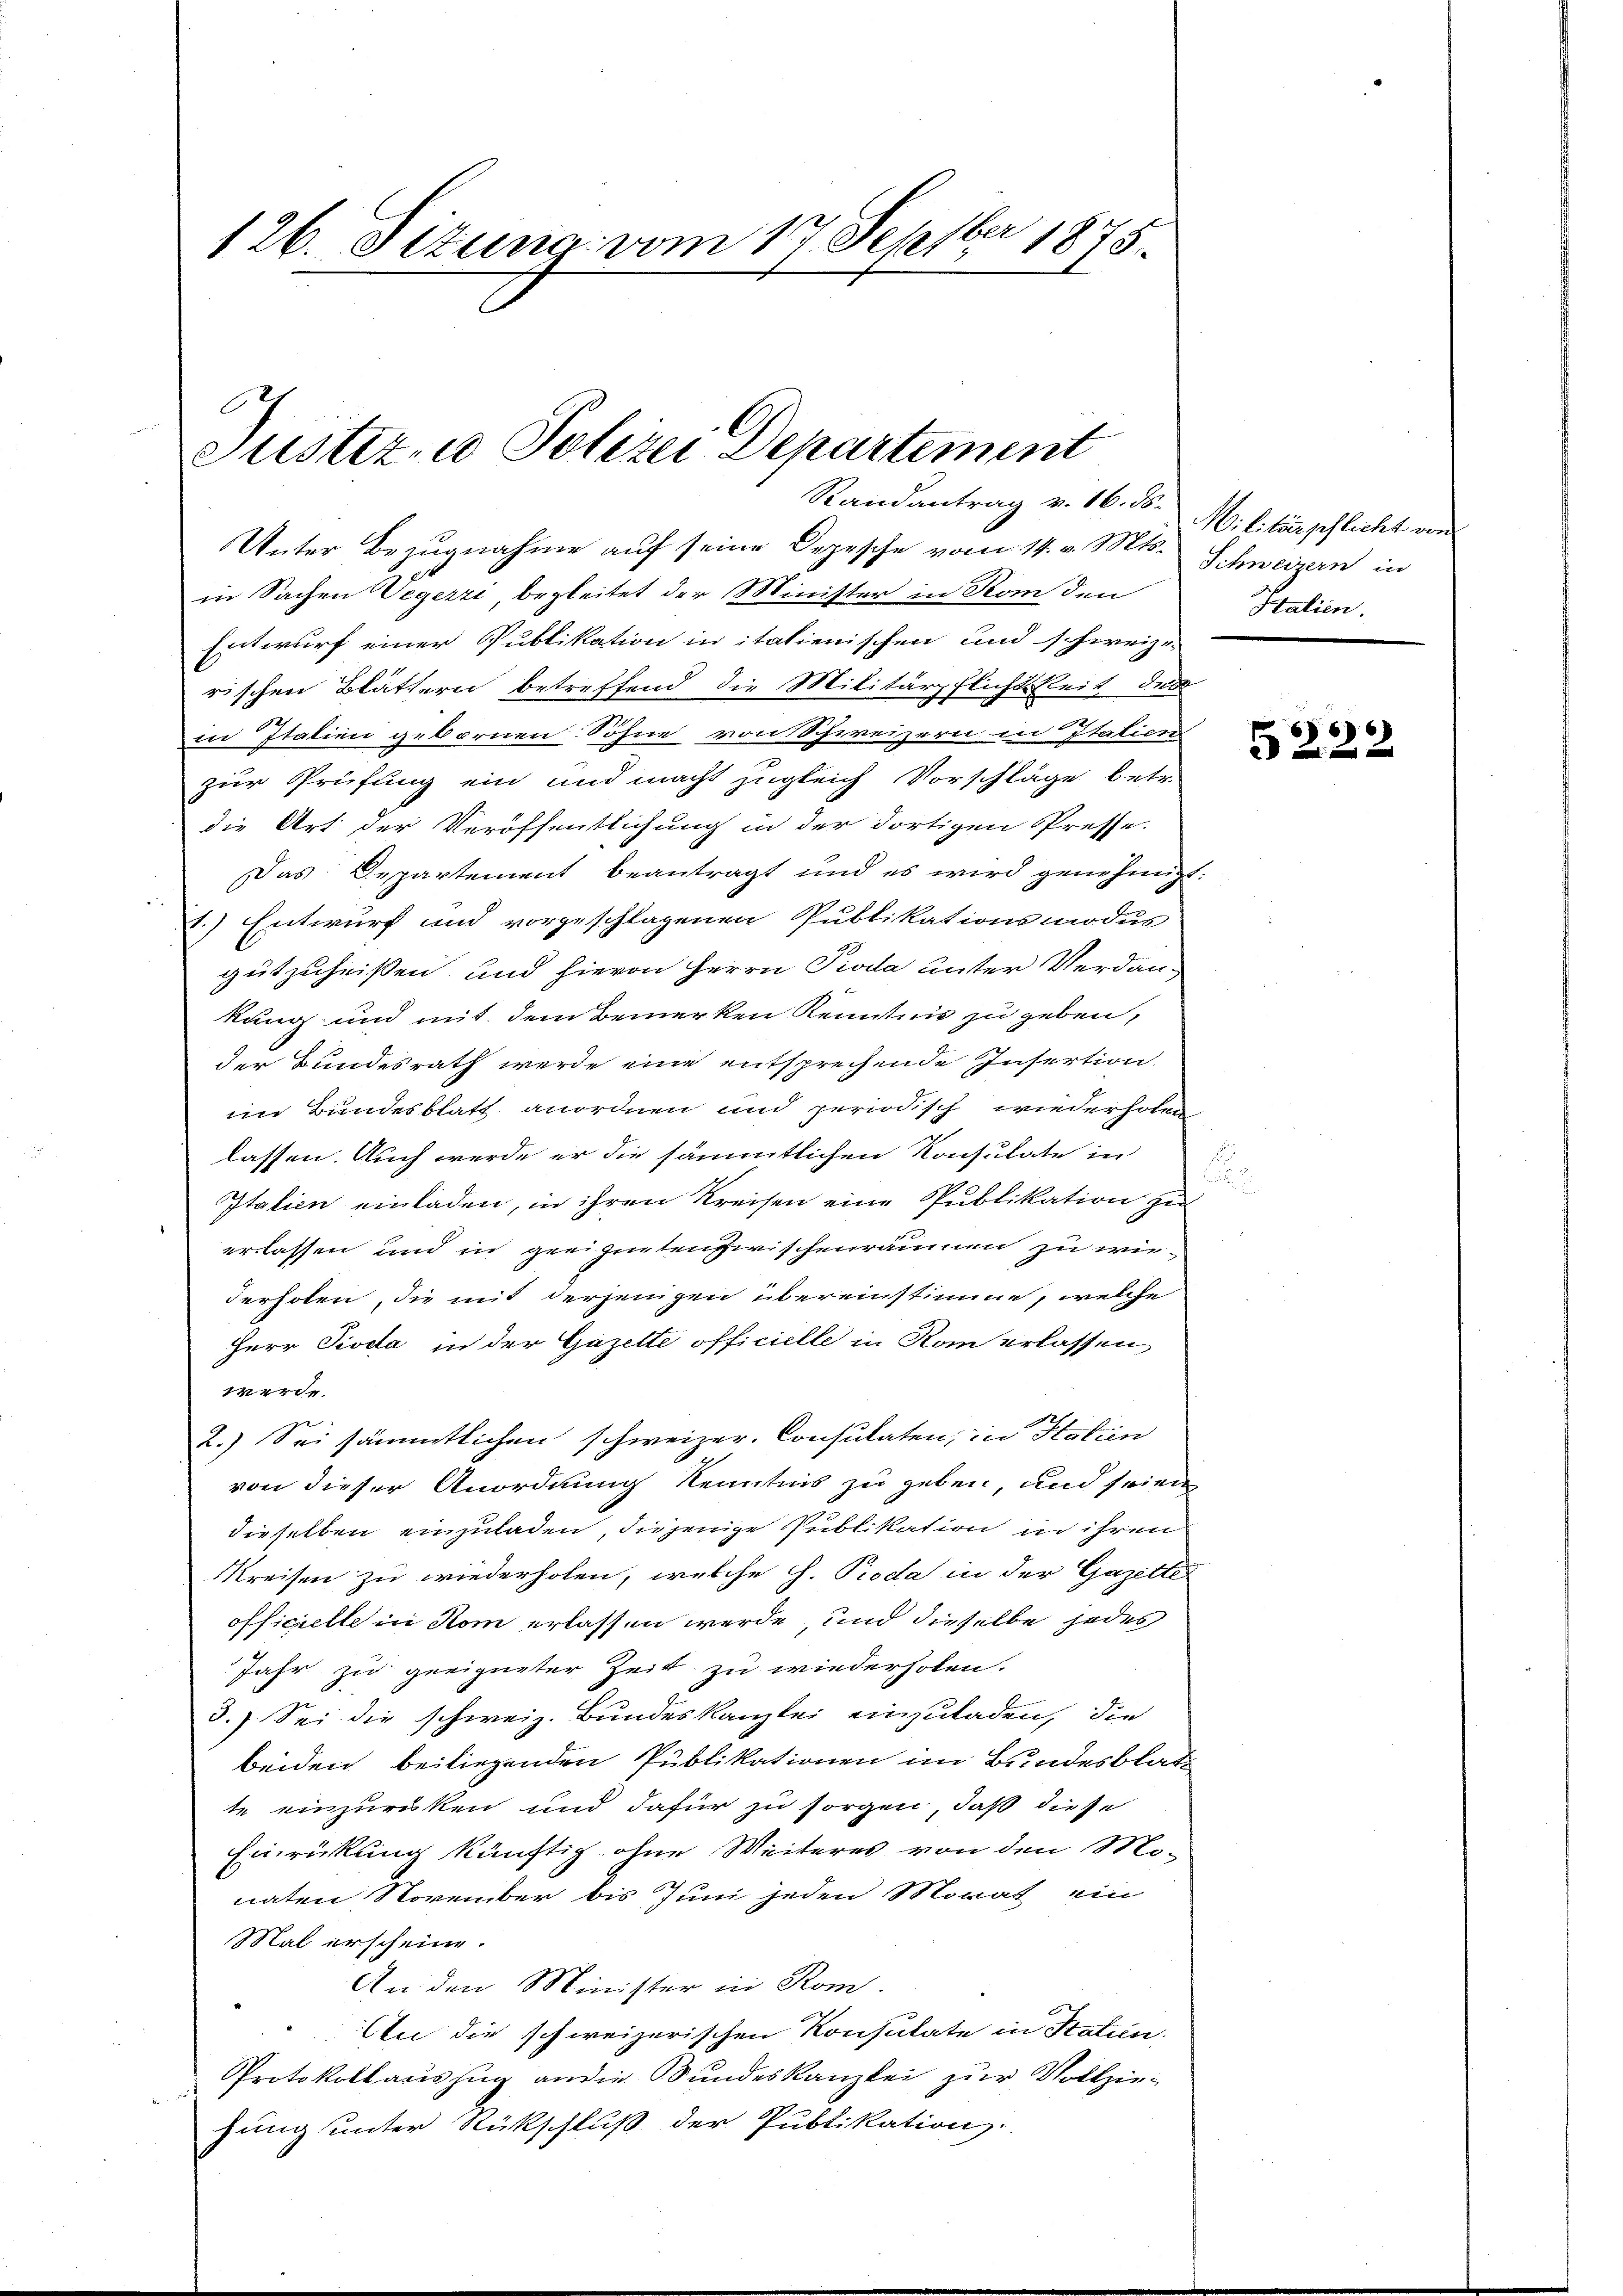
126. Situng vom 17. Septber 1875.

C

Justiz- u Polizei Departement

Randantrag v. 16. Fr. Militärpflicht von

Unter Bezugnahme auf seine Depesche vom 14. v. Mts. Schweizern in
in Sachen Vegezzi begleitet der Minister in Rom den
Entwurf einer Publikation in italienischen und schweize
rischen Blättern betreffend die Militärpflichtkeit des
in Italien gebornen Söhne von Schweizern in Italicen
zur Prüfung ein und macht zugleich Vorschläge betr.
die Art der Veröffentlichung in der dortigen Presse.
Das Departement beantragt und es wird genehmigt:
1.) Entwurf und vorgeschlagenen Publikationsmodus
gutzuheißen, und hievon Herrn Pioda unter Verdankung und mit dem Bemerken Kenntnis zu geben,
der Bundesrath werde eine entsprechende Insertion
im Bundesblatt anordnen und periodisch wiederholen,
lassen. Auch werde er die sämmtlichen Konsulate in
Italien einladen, in ihren Kreisen eine Publikation zu
erlassen und in geeignetenzwischenräumen zu wiederholen, die mit derjenigen übereinstimme, welche
Herr Pioda in der Gazelte officielle in Rom erlassen
werde.
7
2.) Sei sämmtlichen schweizer. Consulaten, in Statien
von dieser Anordnung Kenntnis zu geben, und seien
dieselben einzuladen, diejenige Publikation in ihren
Kreisen zu wiederholen, welche H. Proda in der Gazette
officielle in Rom erlassen werde, und dieselbe jedes
Jahr zu geeigneter Zeit zu wiederholen.
3.) Sei die schweiz. Bundeskanzlei einzuladen, die
beiden beiliegenden Publikationen im Bundesblatte einzurücken und dafür zu sorgen, daß diese
Einrückung künftig ohne Weiteres von den Mo-
naten November bis Juni jeden Morat ein
Mal erscheine.
An den Minister in Rom.
An die schweizerischen Konsulate in Statien
Protokollauszug an die Bundeskanzlei zur Vollziehung unter Rückschluß der Publikation

Stalien.

.

5222